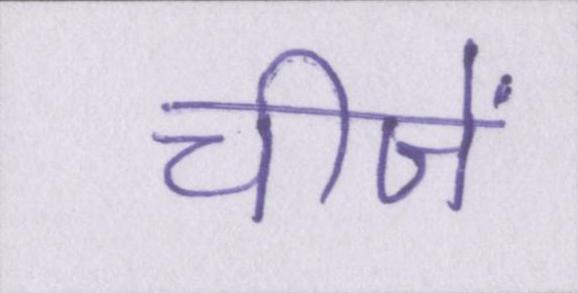
चीजें